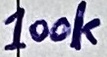
Text: 100k